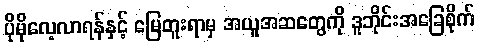
ပိုမိုလေ့လာရန်နှင့် မြေတူးရာမှ အယူအဆတွေကို ဒူဘိုင်းအခြေစိုက်